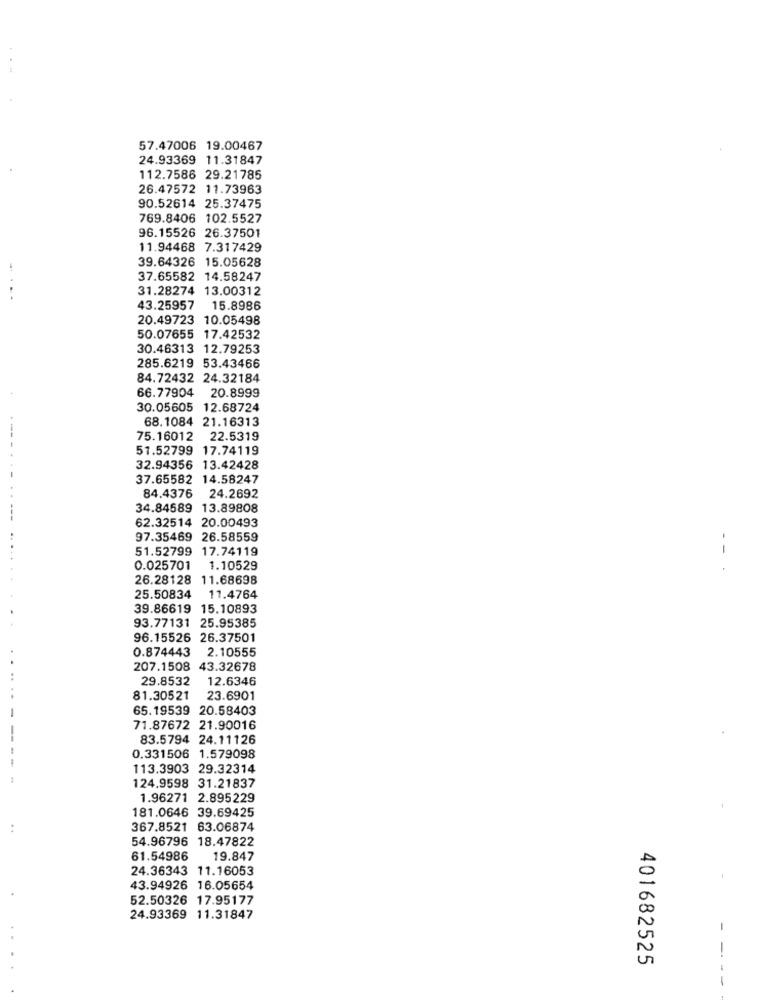
57.47006 19.00467
24.93369 11.31847
112.7586 29.21785
26.47572 11.73963
90.52614 25.37475
769.8406 102.5527
96.15526 26.37501
11.94468 7.317429
39.64326 15.05628
37.65582 14.58247
31.28274 13.00312
..
43.25957
15.8986
20.49723 10.05498
50.07655 17.42532
30.46313 12.79253
285.6219 53.43466
84.72432 24.32184
66.77904 20.8999
30.05605 12.68724
68.1084 21.16313
75.16012 22.5319
51.52799 17.74119
32.94356 13.42428
37.65582 14.58247
84.4376 24.2692
34.84589 13.89808
---
62.32514 20.00493
97.35469 26.58559
51.52799 17.74119
0.025701 1.10529
26.28128 11.68698
25.50834
11.4764
39.86619 15.10893
93.77131 25.95385
96.15526 26.37501
0.874443 2.10555
207.1508 43.32678
...
29.8532
12.6346
..
81.30521
23.6901
65.19539 20.58403
71.87672 21.90016
83.5794 24.11126
0.331506 1.579098
113.3903 29.32314
124.9598 31.21837
1.96271 2.895229
181.0646 39.69425
..
367.8521 63.06874
54.96796 18.47822
61.54986
19.847
24.36343 11.16053
43.94926 16.05654
52.50326 17.95177
24.93369 11.31847
-
-
401682525